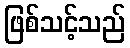
ဖြစ်သင့်သည်